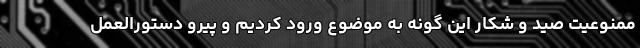
ممنوعیت صید و شکار این گونه به موضوع ورود کردیم و پیرو دستورالعمل